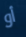
أو